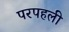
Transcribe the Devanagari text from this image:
परपहली